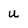
Character: u